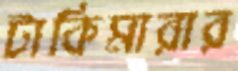
টাকিমারার